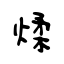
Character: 煣